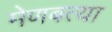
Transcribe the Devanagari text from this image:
मेणबत्या